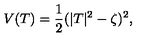
V ( T ) = \frac 1 2 ( | T | ^ { 2 } - \zeta ) ^ { 2 } ,